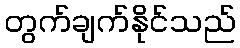
တွက်ချက်နိုင်သည်